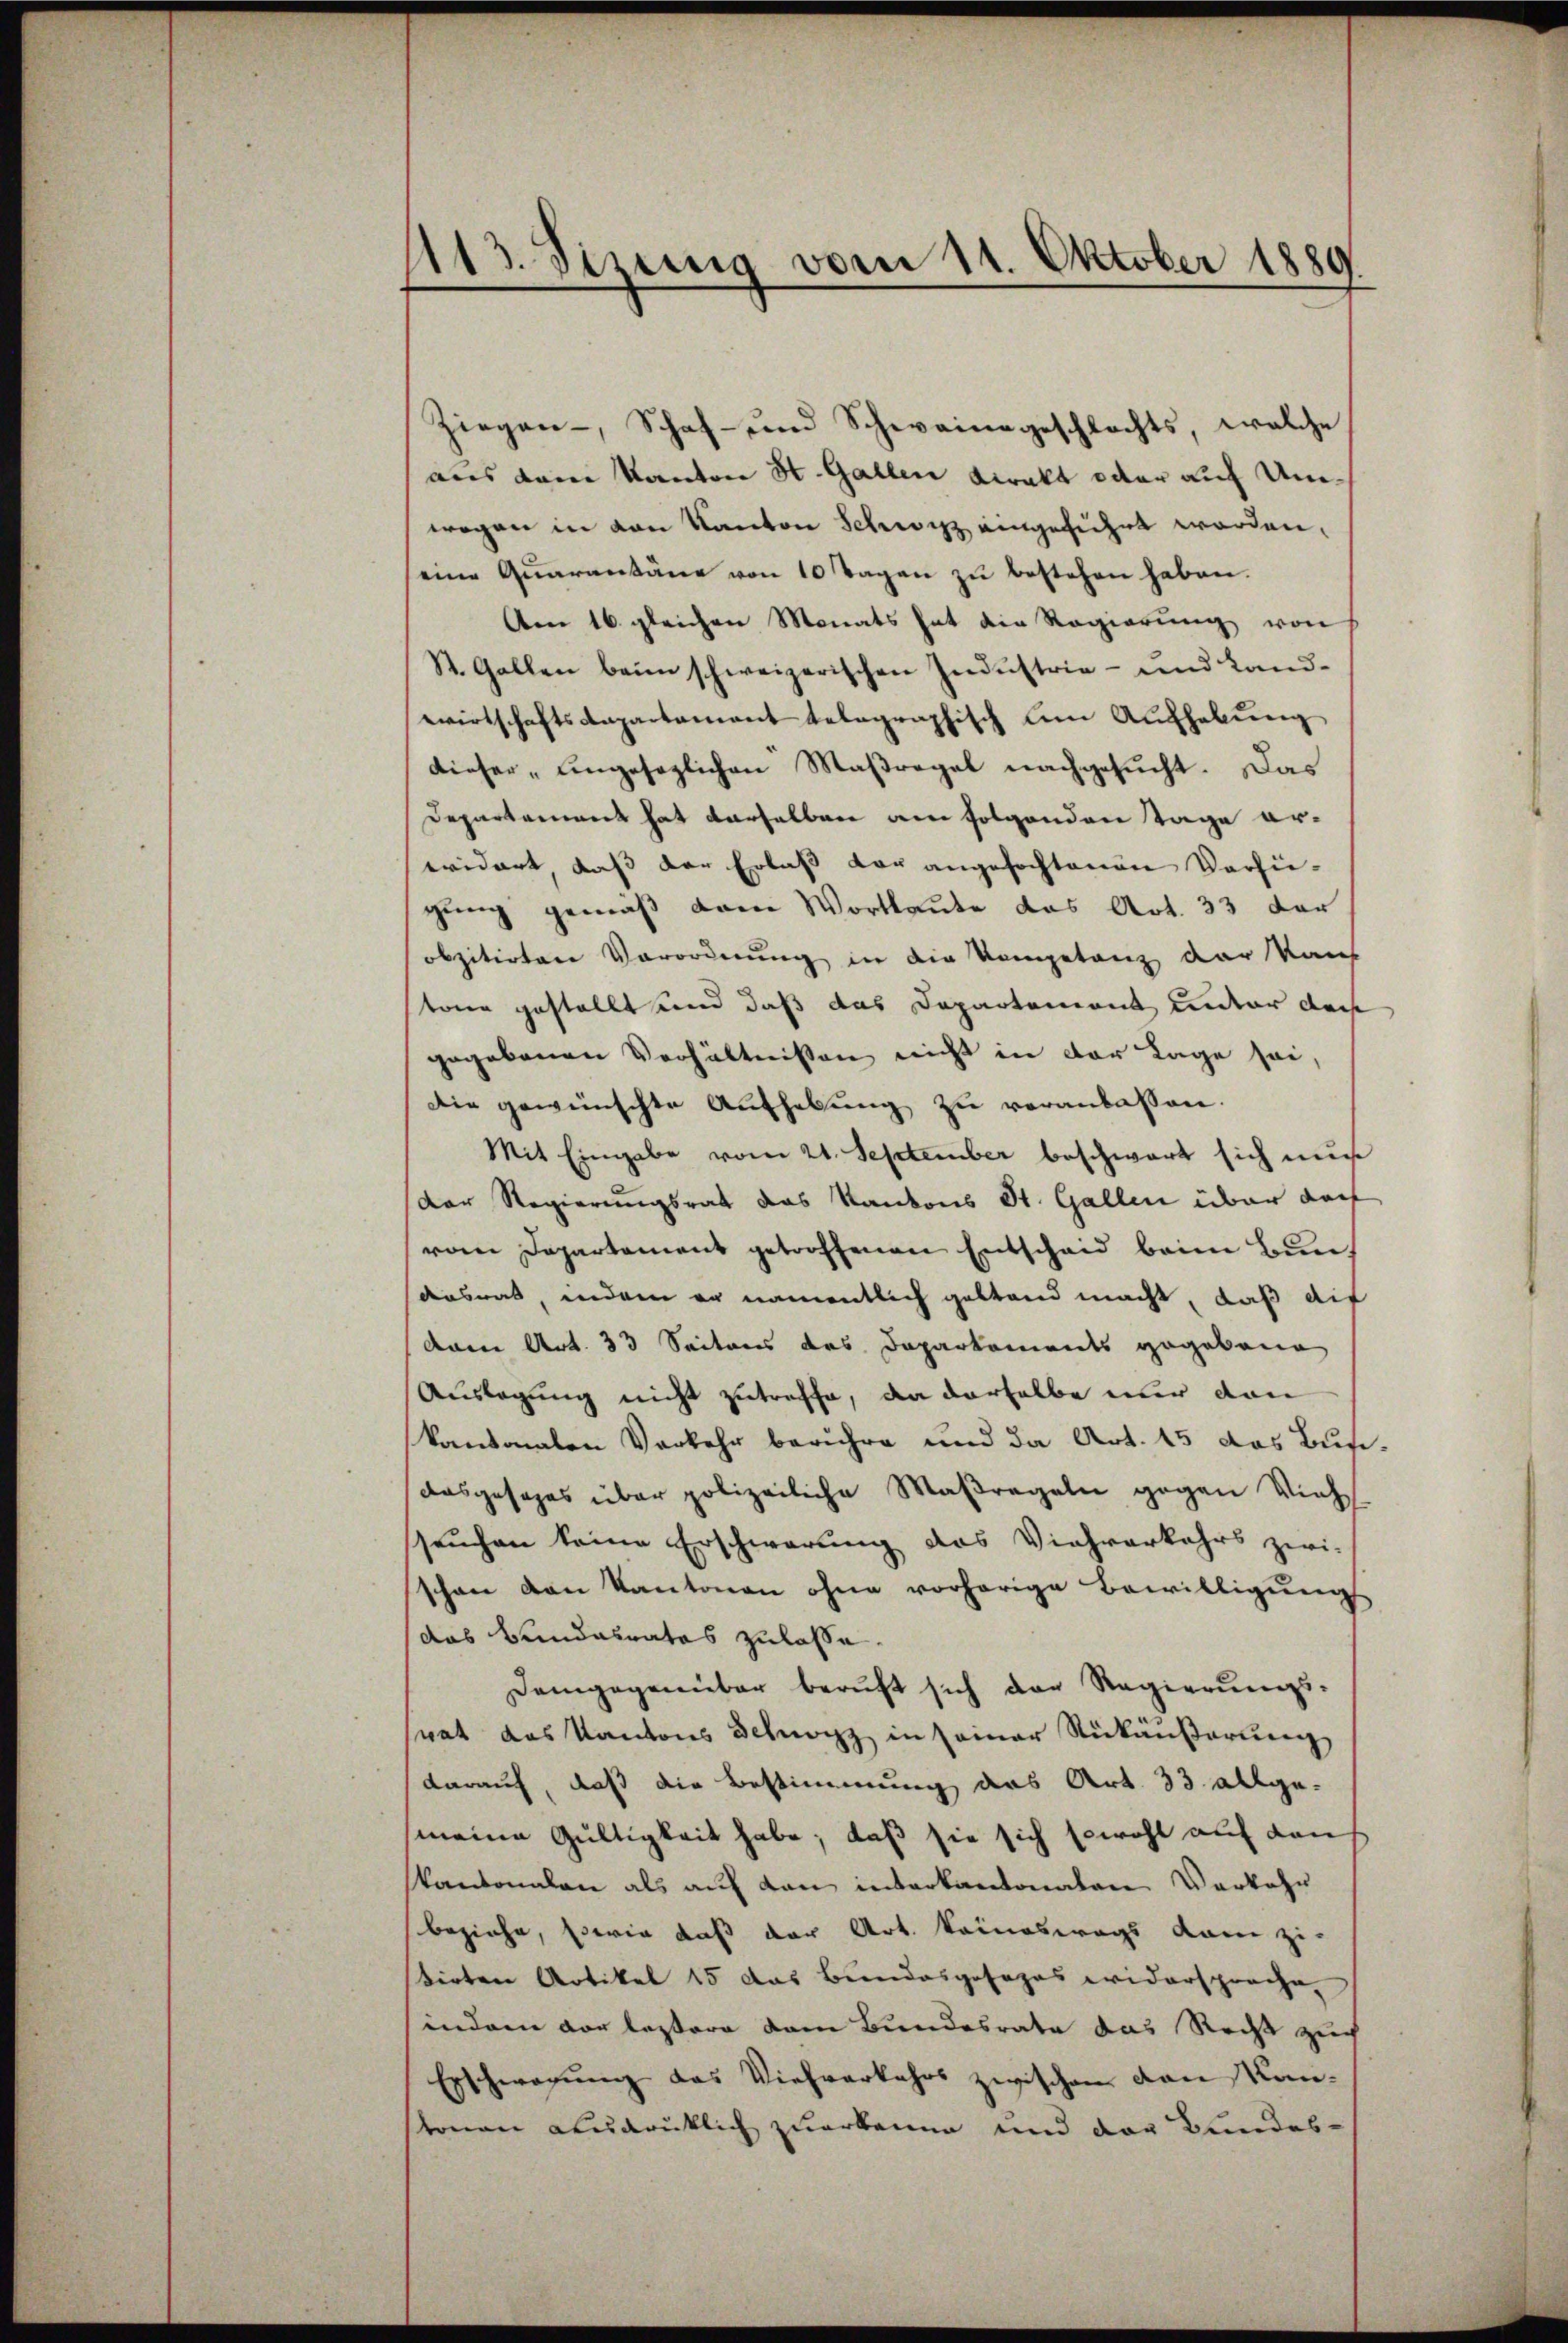
113. Sizung vom 11. Oktober 1889

Ziegen Schaf- und Schwainageschlechts welche
aus dem Kanton St. Gallen Direkt oder auf Umwegen in von Kanton Schwyz eingeführt worden,
seine Quarantäne von 10 Tagen zu bestehen haben.
Am 16. gleichen Monats hat die Regierŭng von
St. Gallen beim schweizerischen Industria- und Landwirtschaftsanpartament telegraphisch um Aufhebung
dieser „ungesezlichen Maßregel nachgesucht. Das
Departament hat derselben am folgenden Tage erevidert, daß der Erlaß der angefochtenen Verfügung gemäß dem Wortlaute das Art. 33 der
obzitirten Vorordnung in die Kompetanz der Kauf
tone gestellt und daß das Departement unter doch
gegebenen Verhältnissen nicht in der Lage sei,
Die gewünschte Aufhebung zu veranlassen.
Mit Eingabe vom 21. September beschwart sich mu
Der Regierungsrat das Kantons St. Gallen über darf
vom Departement getroffenen Entscheid beim Bundesrat, indem er namentlich gestand macht, daß auf
Aame Art. 33 Seitens des Daparkoments gegebene
Auslegung nicht zutreffe, da derselbe nur dan
kantonalen Verkehr berühre und da Art. 15 das Busi¬
Ausgesages über polizeiliche Maßregeln gegen Vieh
seuchen keine Erschwerung das Viehverkehrs zwi-
schon von Kantonen ohne vorhörige Bewilligung
das Bundesrates zulasse.
Demgegenüber beruft sich der Regierŭngs-
rat das Kantons Schwarz in seiner Rückäußerung
darauf, daß die Bestimmung das Art. 33. allge-
meine Gültigkeit habe; daß sie sich sowohl auf den
kantonalen als aŭf den interkantonalen Vorkehr
beziehe, sowie daß der Art. Keineswegs kam zi-
dirten Artikel 15 das Bundesgesages widersprache.
indem vor lestere vom Bundesrate das Recht zuch
Erschwerung das Viehverkehrs zwischen von Kantonen ausdrüklich zuerkenne und der Bundes¬